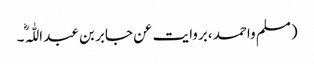
(مسلم واحمد ،بروایت عن جابر بن عبد اللّٰہ ؓ۔